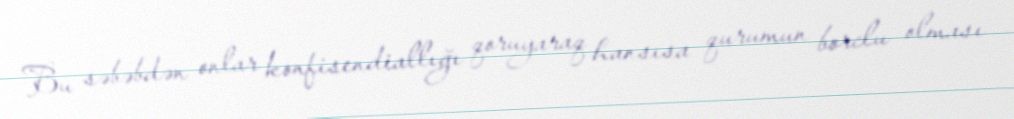
Bu səbəbdən onlar konfisendiallığı qoruyaraq hansısa qurumun borclu olması